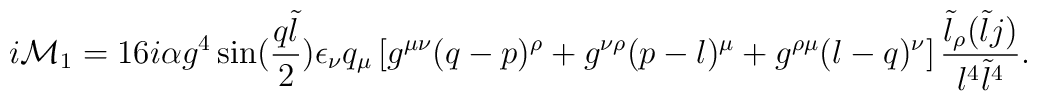
i{\cal{M}}_1 = 16i\alpha g^4\sin({q\tilde{l}\over 2})\epsilon_{\nu}q_{\mu}\left[g^{\mu\nu}(q - p)^{\rho} + g^{\nu\rho}(p - l)^{\mu} + g^{\rho\mu} (l-q)^{\nu}\right]{\tilde{l}_{\rho}(\tilde{l}j) \over l^4 \tilde{l}^4}.